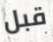
قبل